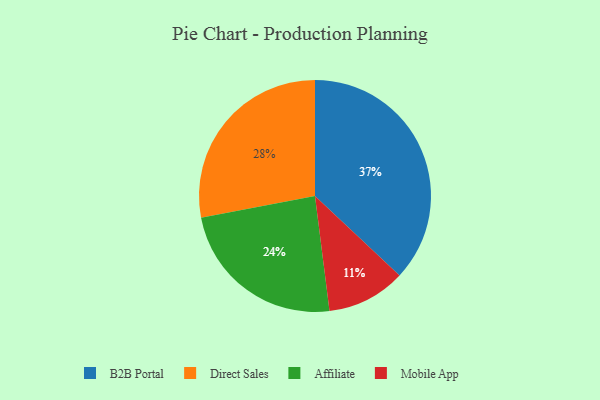
{"axis": {"x": "Category", "y": "Percentage"}, "legend": ["Affiliate", "B2B Portal", "Direct Sales", "Mobile App"], "data": [{"x": "B2B Portal", "y": 37, "type": "B2B Portal"}, {"x": "Mobile App", "y": 11, "type": "Mobile App"}, {"x": "Direct Sales", "y": 28, "type": "Direct Sales"}, {"x": "Affiliate", "y": 24, "type": "Affiliate"}]}